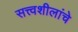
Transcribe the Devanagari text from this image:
सत्त्वशीलांचे